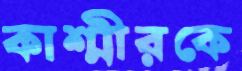
কাশ্মীরকে